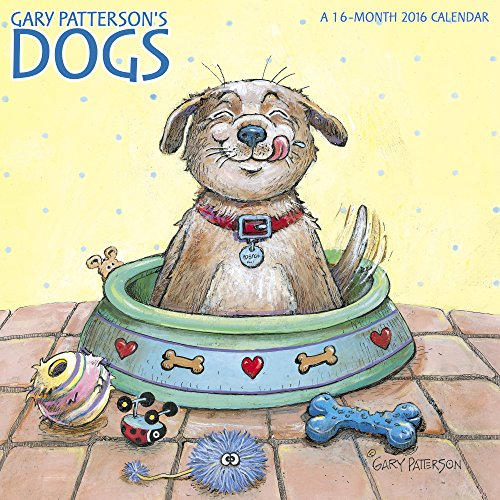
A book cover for Gary Patterson's Dogs Wall Calendar (2016); Day Dream; Calendars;